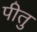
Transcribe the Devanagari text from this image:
पीतु